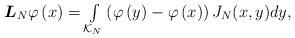
LaTeX: \begin{align*}\boldsymbol{L}_{N}\varphi\left( x\right) ={\textstyle\int\limits_{\mathcal{K}_{N}}}\left( \varphi\left( y\right) -\varphi\left( x\right) \right)J_{N}(x,y)dy, \end{align*}